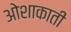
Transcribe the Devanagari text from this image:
ओशाकाती